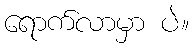
ရောက်လာမှာ ပဲ။